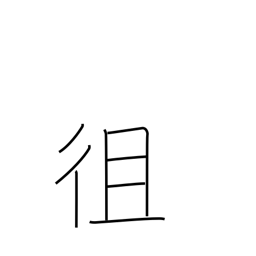
Meaning: go